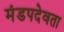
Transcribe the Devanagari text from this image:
मंडपदेवता